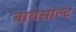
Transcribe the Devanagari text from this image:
बाथसाल्ट